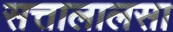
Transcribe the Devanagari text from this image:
सत्तालालसा